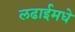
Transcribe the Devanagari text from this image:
लढाईमधे